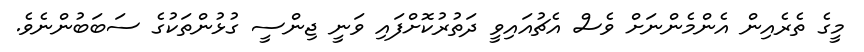
މީގެ ތެރެއިން އެންމެންނަށް ވެސް އެޗުއައިވީ ދަތުރުކޮށްފައި ވަނީ ޖިންސީ ގުޅުންތަކުގެ ސަބަބުންނެވެ.